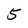
Character: 5